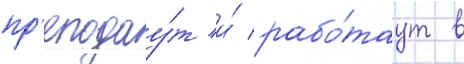
пр'еподау́т и́ рабо́таут в